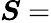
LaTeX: {\boldsymbol{S}}=